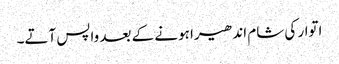
اتوار کی شام اندھیرا ہونے کے بعد واپس آتے۔